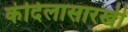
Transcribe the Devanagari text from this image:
कंदिलासारखी